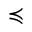
\preccurlyeq